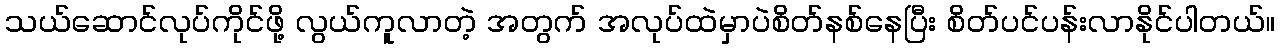
သယ်ဆောင်လုပ်ကိုင်ဖို့ လွယ်ကူလာတဲ့ အတွက် အလုပ်ထဲမှာပဲစိတ်နစ်နေပြီး စိတ်ပင်ပန်းလာနိုင်ပါတယ်။